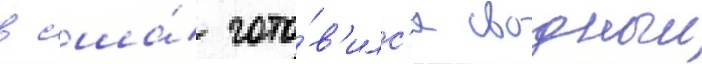
в сша́ гото́в'илс'я сводныи